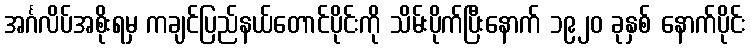
အင်္ဂလိပ်အစိုးရမှ ကချင်ပြည်နယ်တောင်ပိုင်းကို သိမ်းပိုက်ပြီးနောက် ၁၉၂၀ ခုနှစ် နောက်ပိုင်း